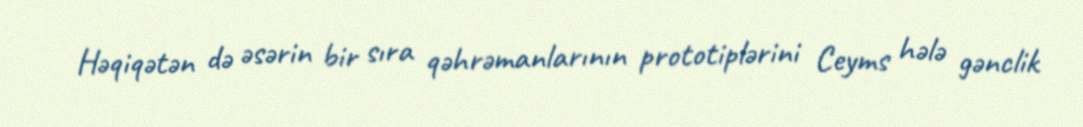
Həqiqətən də əsərin bir sıra qəhrəmanlarının prototiplərini Ceyms hələ gənclik